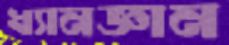
ধ্যানজ্ঞান